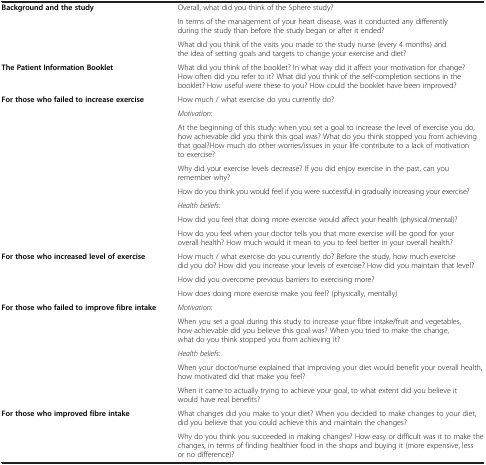
<table><thead><tr><td><b> </b></td><td><b> </b></td></tr></thead><tbody><tr><td rowspan="3"><b>Background and the study</b></td><td>Overall, what did you think of the Sphere study?</td></tr><tr><td>In terms of the management of your heart disease, was it conducted any differently during the study than before the study began or after it ended?</td></tr><tr><td>What did you think of the visits you made to the study nurse (every 4 months) and the idea of setting goals and targets to change your exercise and diet?</td></tr><tr><td><b>The Patient Information Booklet</b></td><td>What did you think of the booklet? In what way did it affect your motivation for change? How often did you refer to it? What did you think of the self-completion sections in the booklet? How useful were these to you? How could the booklet have been improved?</td></tr><tr><td rowspan="8"><b>For those who failed to increase exercise</b></td><td>How much / what exercise do you currently do?</td></tr><tr><td><i>Motivation:</i></td></tr><tr><td>At the beginning of this study: when you set a goal to increase the level of exercise you do, how achievable did you think this goal was? What do you think stopped you from achieving that goal?How much do other worries/issues in your life contribute to a lack of motivation to exercise?</td></tr><tr><td>Why did your exercise levels decrease? If you did enjoy exercise in the past, can you remember why?</td></tr><tr><td>How do you think you would feel if you were successful in gradually increasing your exercise?</td></tr><tr><td><i>Health beliefs:</i></td></tr><tr><td>How did you feel that doing more exercise would affect your health (physical/mental)?</td></tr><tr><td>How do you feel when your doctor tells you that more exercise will be good for your overall health? How much would it mean to you to feel better in your overall health?</td></tr><tr><td rowspan="3"><b>For those who increased level of exercise</b></td><td>How much / what exercise do you currently do? Before the study, how much exercise did you do? How did you increase your levels of exercise? How did you maintain that level?</td></tr><tr><td>How did you overcome previous barriers to exercising more?</td></tr><tr><td>How does doing more exercise make you feel? (physically, mentally)</td></tr><tr><td rowspan="5"><b>For those who failed to improve fibre intake</b></td><td><i>Motivation:</i></td></tr><tr><td>When you set a goal during this study to increase your fibre intake/fruit and vegetables, how achievable did you believe this goal was? When you tried to make the change, what do you think stopped you from achieving it?</td></tr><tr><td><i>Health beliefs:</i></td></tr><tr><td>When your doctor/nurse explained that improving your diet would benefit your overall health, how motivated did that make you feel?</td></tr><tr><td>When it came to actually trying to achieve your goal, to what extent did you believe it would have real benefits?</td></tr><tr><td rowspan="2"><b>For those who improved fibre intake</b></td><td>What changes did you make to your diet? When you decided to make changes to your diet, did you believe that you could achieve this and maintain the changes?</td></tr><tr><td>Why do you think you succeeded in making changes? How easy or difficult was it to make the changes, in terms of finding healthier food in the shops and buying it (more expensive, less or no difference)?</td></tr></tbody></table>